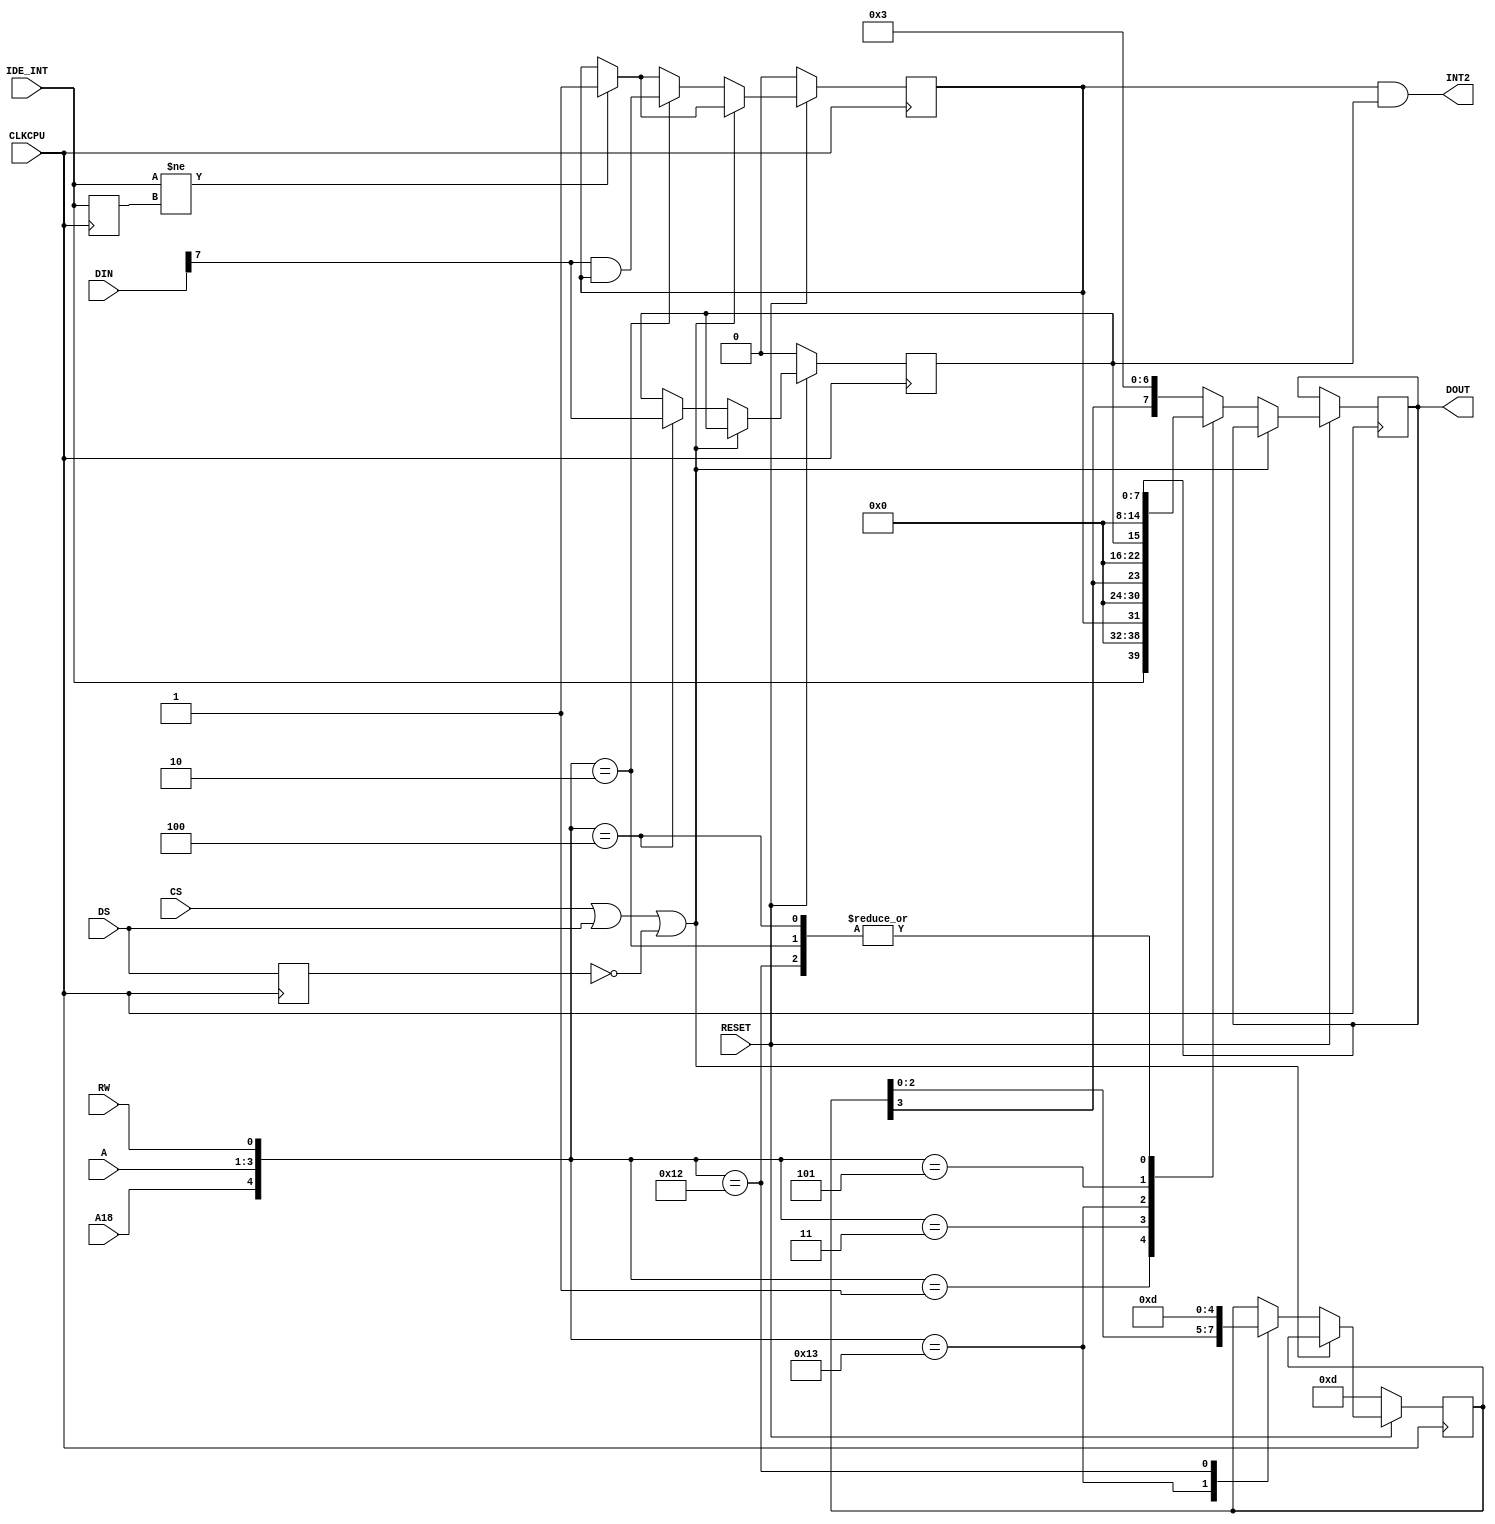
module gayle_3(
	     input 	        CLKCPU,
	     input 	        RESET, 
	     input 	        CS,
         input          DS, 
	     input 	        RW,
	     input 	        IDE_INT,
	     output 	    INT2,
	     input	        A18,
	     input [2:0]    A,
	     input [7:0]    DIN,
         output reg [7:0] DOUT
);
parameter GAYLE_ID_VAL = 4'hd;
reg [3:0] gayleid;
reg 	  intchg;
reg 	  intena;
reg 	  intlast;
reg       ds_d;
localparam GAYLE_ID_RD = {1'b1,3'h1,1'b1};
localparam GAYLE_ID_WR = {1'b1,3'h1,1'b0};
localparam GAYLE_STAT_RD = {4'h0,1'b1};
localparam GAYLE_STAT_WR = {4'h0,4'h0,1'b0};
localparam GAYLE_INTCHG_RD = {4'h1,1'b1};
localparam GAYLE_INTCHG_WR = {4'h1,1'b0};
localparam GAYLE_INTENA_RD = {4'h2,1'b1};
localparam GAYLE_INTENA_WR = {4'h2,1'b0};
always @(posedge CLKCPU) begin
   intlast <= IDE_INT;
   ds_d    <= DS;
   if (RESET == 1'b0) begin 
      intena <= 1'b0;
      intchg <= 1'b0;
      gayleid <= GAYLE_ID_VAL;
   end else begin 
       if (IDE_INT != intlast) begin
          intchg <= 1'b1;
       end
       if ((CS | DS | ~ds_d) == 1'b0) begin
          case ({A18,A,RW})
                GAYLE_STAT_RD: DOUT <= {IDE_INT, 7'd0};
                GAYLE_INTCHG_RD: DOUT <= {intchg, 7'd0};
                GAYLE_INTCHG_WR: intchg <= DIN[7] & intchg;
                GAYLE_ID_RD: begin 
                   DOUT <=  {gayleid[3], 7'd0};
                   gayleid <= {gayleid[2:0],1'b0};
                end 
                GAYLE_ID_WR: gayleid <= GAYLE_ID_VAL;
                GAYLE_INTENA_RD: DOUT <= {intena, 7'd0};
                GAYLE_INTENA_WR: intena <= DIN[7];
                default: DOUT <= {gayleid[3],7'd3};
          endcase       
       end   
    end
end 
assign INT2 = intchg & intena;
endmodule